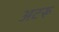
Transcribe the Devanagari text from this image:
अटरू